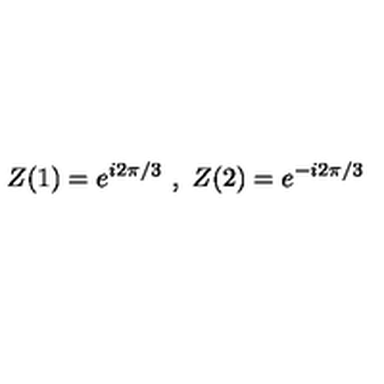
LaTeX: Z ( 1 ) = e ^ { i 2 \pi / 3 } \ , \ Z ( 2 ) = e ^ { - i 2 \pi / 3 }